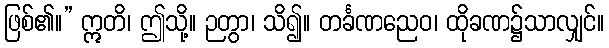
ဖြစ်၏။” ဣတိ၊ ဤသို့။ ဉတွာ၊ သိ၍။ တင်္ခဏညေဝ၊ ထိုခဏ၌သာလျှင်။